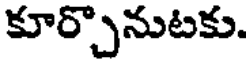
కూర్చొనుటకు.